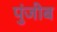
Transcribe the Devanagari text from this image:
पुंजीब